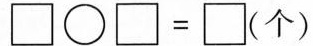
$$\Box \bigcirc \Box = \Box$$(个)